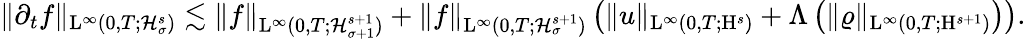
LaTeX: \begin{array}{r}{\Vert\partial_{t}f\Vert_{\mathrm{L}^{\infty}(0,T;\mathcal{H}_{\sigma}^{s})}\lesssim\Vert f\Vert_{\mathrm{L}^{\infty}(0,T;\mathcal{H}_{\sigma+1}^{s+1})}+\Vert f\Vert_{\mathrm{L}^{\infty}(0,T;\mathcal{H}_{\sigma}^{s+1})}\left(\Vert u\Vert_{\mathrm{L}^{\infty}(0,T;\mathrm{H}^{s})}+\Lambda\left(\Vert\varrho\Vert_{\mathrm{L}^{\infty}(0,T;\mathrm{H}^{s+1})}\right)\right).}\end{array}